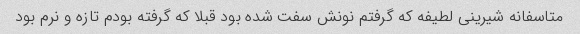
متاسفانه شیرینی لطیفه که گرفتم نونش سفت شده بود قبلا که گرفته بودم تازه و نرم بود